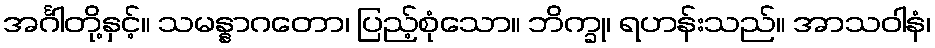
အင်္ဂါတို့နှင့်။ သမန္နာဂတော၊ ပြည့်စုံသော။ ဘိက္ခု၊ ရဟန်းသည်။ အာသဝါနံ၊